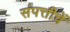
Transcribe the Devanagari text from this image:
संपत्तीचें